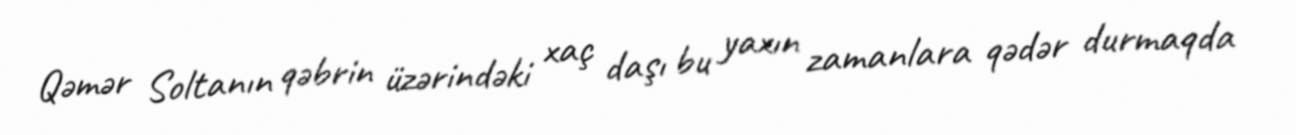
Qəmər Soltanın qəbrin üzərindəki xaç daşı bu yaxın zamanlara qədər durmaqda